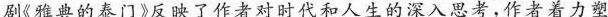
剧《雅典的泰门》反映了作者对时代和人生的深入思考，作者着力塑